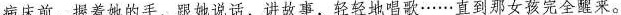
病床前，握着她的手，跟她说话，讲故事，轻轻地唱歌……直到那女孩完全醒来。